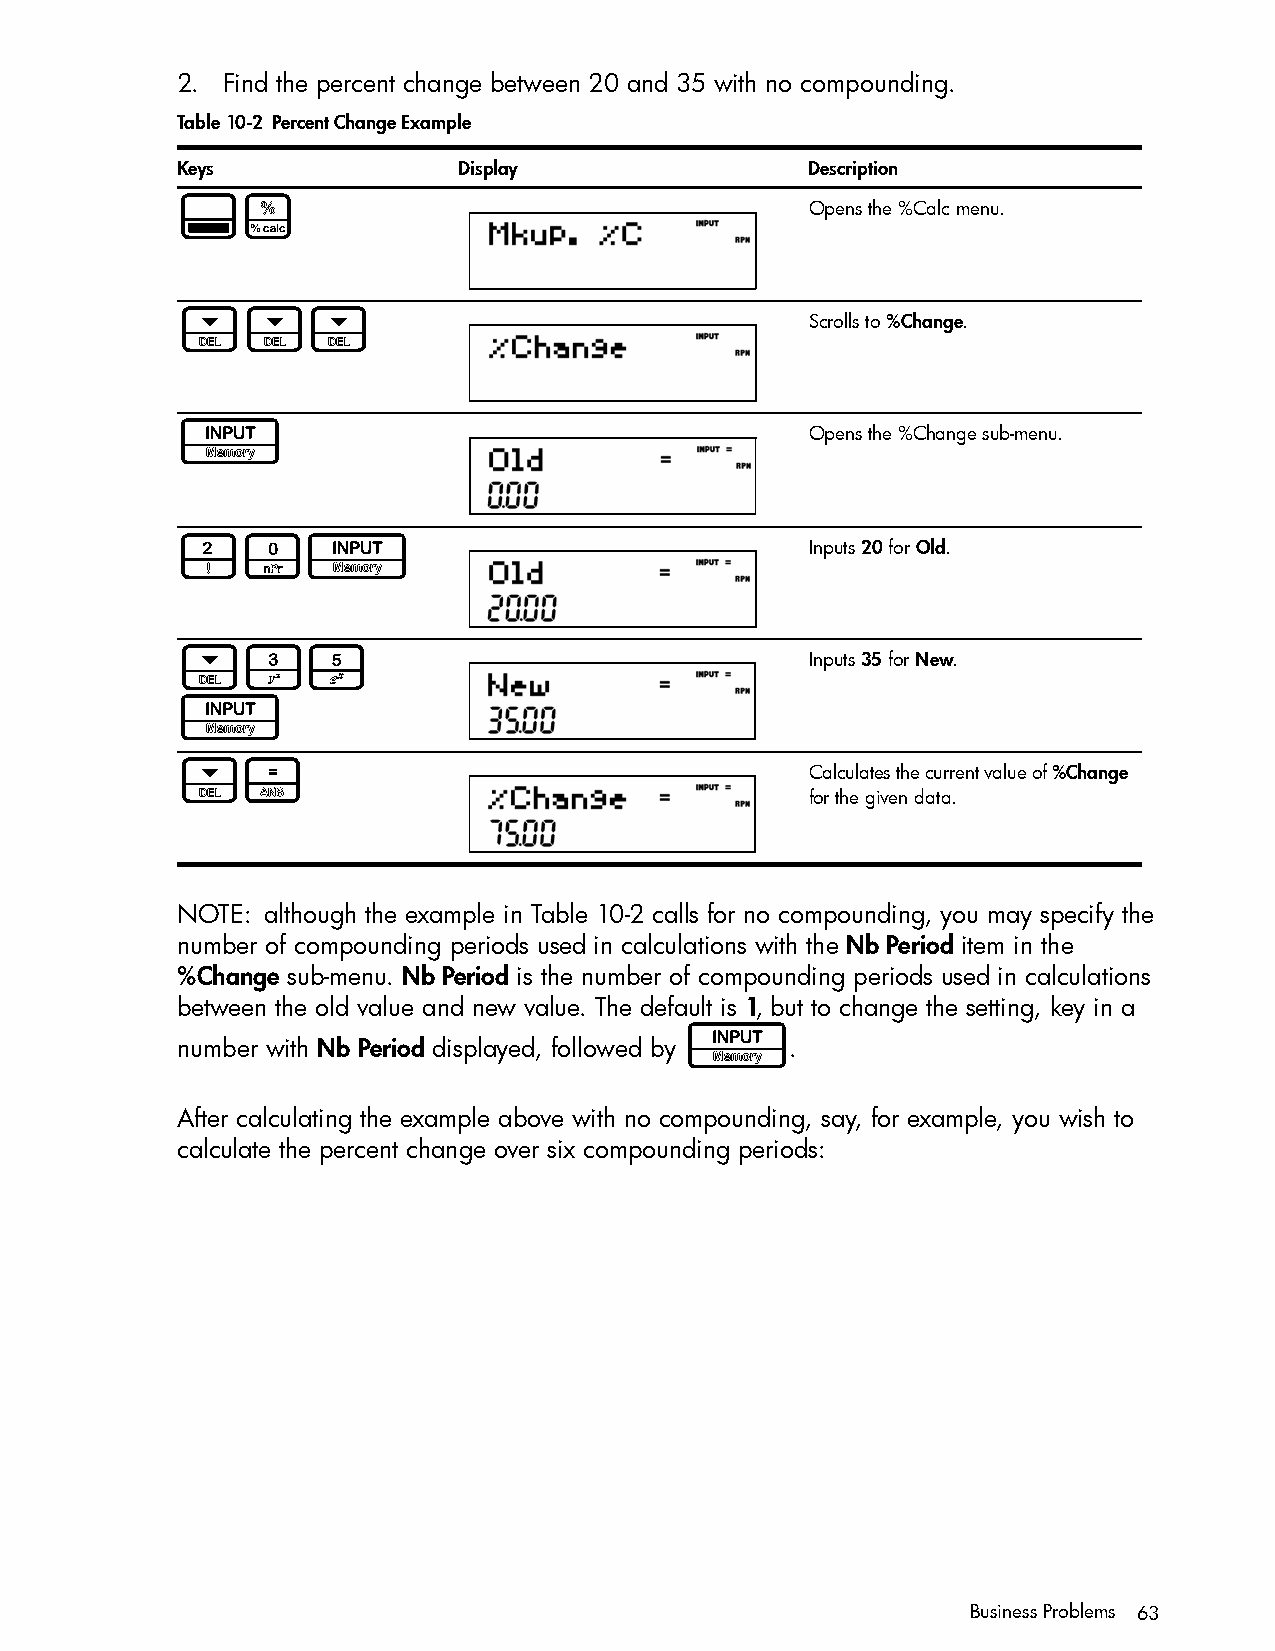
2. Find the percent change between 20 and 35 with no compounding.
 Table 10-2 Percent Change Example
 Keys              Display                 Description
 :#                                        Opens the %Calc menu.
 <<<                                       Scrolls to %Change.
 I                                         Opens the %Change sub-menu.
 20I                                       Inputs 20 for Old.
 <35                                       Inputs 35 for New.
 I
 <=                                        Calculates the current value of %Change
 for the given data.
 NOTE: although the example in Table 10-2 calls for no compounding, you may specify the
 number of compounding periods used in calculations with the Nb Period item in the
 %Change sub-menu. Nb Period is the number of compounding periods used in calculations
 between the old value and new value. The default is 1, but to change the setting, key in a
 I
 number with Nb Period displayed, followed by .
 After calculating the example above with no compounding, say, for example, you wish to
 calculate the percent change over six compounding periods:
 Business Problems 63